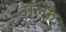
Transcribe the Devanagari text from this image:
अॅल्फ